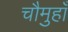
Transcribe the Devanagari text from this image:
चौमुहाँ